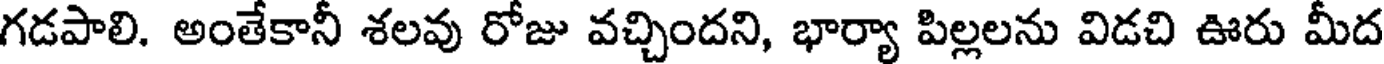
గడపాలి. అంతేకానీ శలవు రోజు వచ్చిందని, భార్యా పిల్లలను విడచి ఊరు మీద